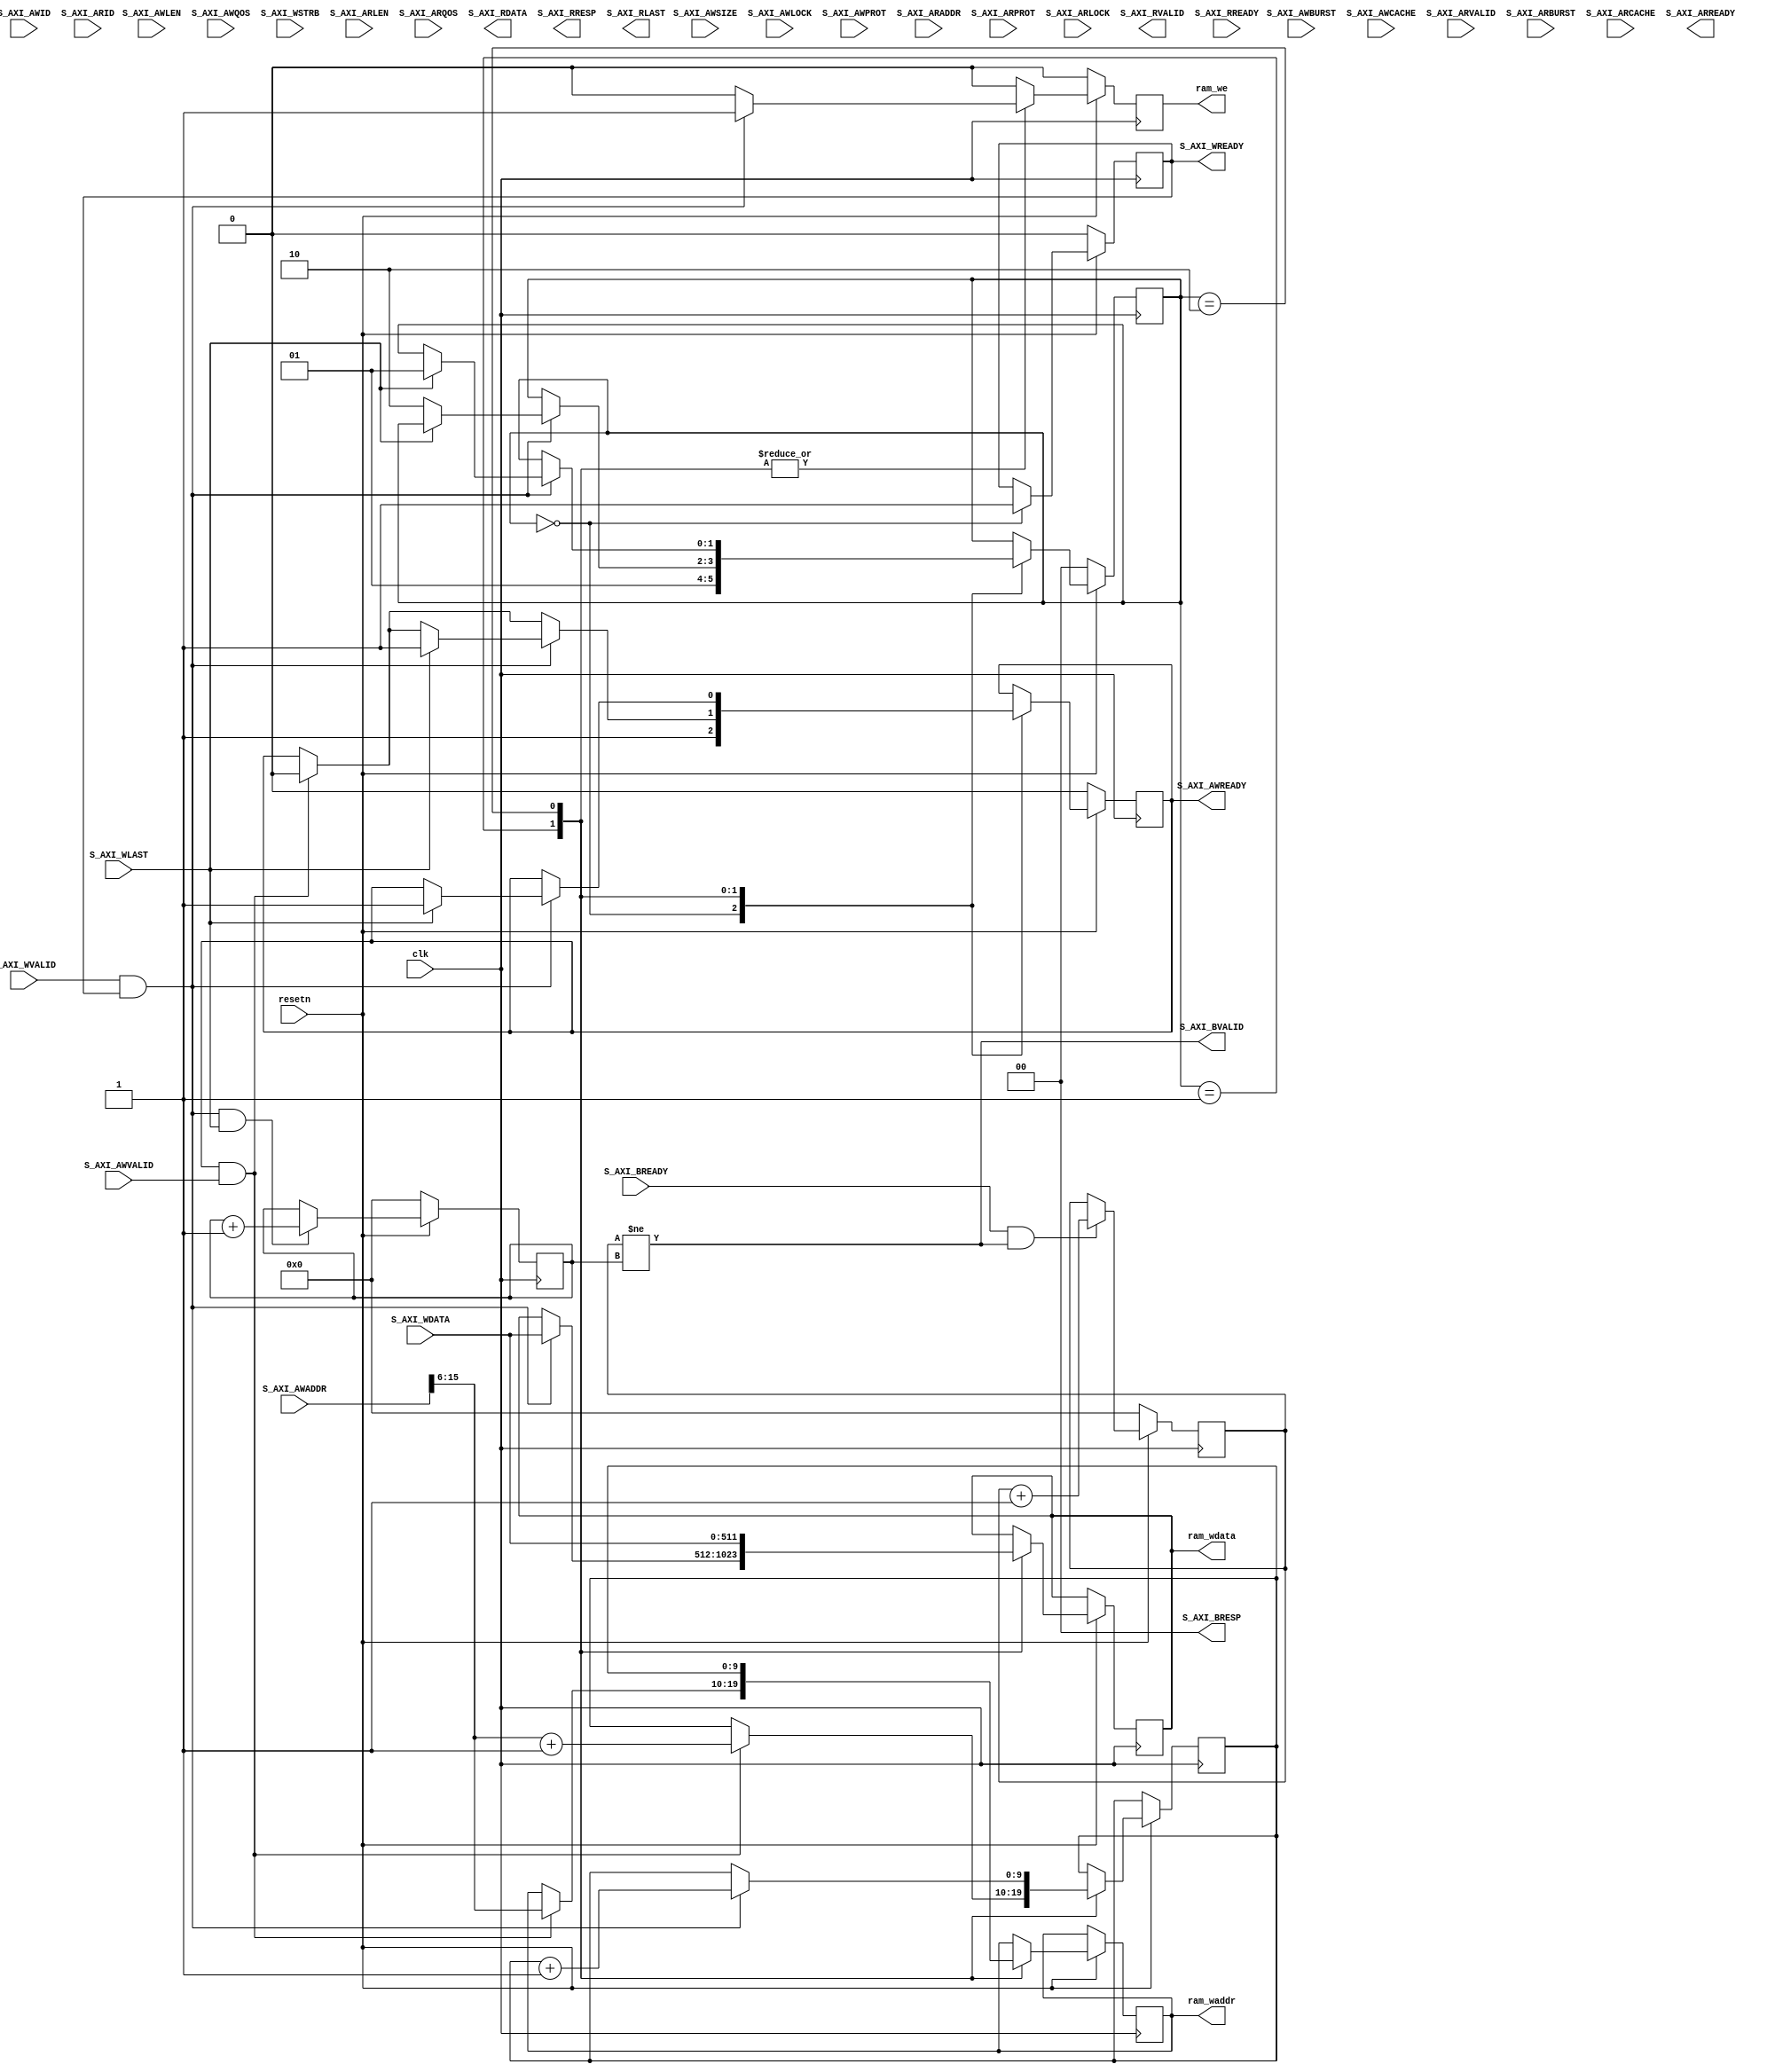
//====================================================================================
//                        ------->  Revision History  <------
//====================================================================================
//
//   Date     Who   Ver  Changes
//====================================================================================
// 20-Mar-24  DWW     1  Initial creation
//====================================================================================

/*
    This is an a block of simple-dual-port RAM, along with an AXI interface
    for writing to it.

    The AXI interface ignored M_AXI_WSTRB and expects every beat of ther write 
    to occupy the full width of the data bus.
*/

module sdp_ram_if #
(
    parameter   DW = 512,
    parameter   AW = 10
)
( 
    input   clk, resetn,

    // Data, address, and write-enable outputs for writing to RAM
    output reg[DW-1:0] ram_wdata,
    output reg[AW-1:0] ram_waddr,
    output reg         ram_we,

    //=================  This is the main AXI4-slave interface  ================

    // "Specify write address"              -- Master --    -- Slave --
    input[31:0]                             S_AXI_AWADDR,
    input                                   S_AXI_AWVALID,
    input[3:0]                              S_AXI_AWID,
    input[7:0]                              S_AXI_AWLEN,
    input[2:0]                              S_AXI_AWSIZE,
    input[1:0]                              S_AXI_AWBURST,
    input                                   S_AXI_AWLOCK,
    input[3:0]                              S_AXI_AWCACHE,
    input[3:0]                              S_AXI_AWQOS,
    input[2:0]                              S_AXI_AWPROT,
    output reg                                              S_AXI_AWREADY,

    // "Write Data"                         -- Master --    -- Slave --
    input[DW-1:0]                           S_AXI_WDATA,
    input[DW/8-1:0]                         S_AXI_WSTRB,
    input                                   S_AXI_WVALID,
    input                                   S_AXI_WLAST,
    output reg                                              S_AXI_WREADY,

    // "Send Write Response"                -- Master --    -- Slave --
    output[1:0]                                             S_AXI_BRESP,
    output                                                  S_AXI_BVALID,
    input                                   S_AXI_BREADY,

    // "Specify read address"               -- Master --    -- Slave --
    input[31:0]                             S_AXI_ARADDR,
    input                                   S_AXI_ARVALID,
    input[2:0]                              S_AXI_ARPROT,
    input                                   S_AXI_ARLOCK,
    input[3:0]                              S_AXI_ARID,
    input[7:0]                              S_AXI_ARLEN,
    input[1:0]                              S_AXI_ARBURST,
    input[3:0]                              S_AXI_ARCACHE,
    input[3:0]                              S_AXI_ARQOS,
    output                                                  S_AXI_ARREADY,

    // "Read data back to master"           -- Master --    -- Slave --
    output[DW-1:0]                                          S_AXI_RDATA,
    output                                                  S_AXI_RVALID,
    output[1:0]                                             S_AXI_RRESP,
    output                                                  S_AXI_RLAST,
    input                                   S_AXI_RREADY

    //==========================================================================
);

// These are the handshakes for the AXI AW and W channels
wire aw_handshake = S_AXI_AWREADY & S_AXI_AWVALID;
wire  w_handshake = S_AXI_WREADY  & S_AXI_WVALID;

reg[   1:0] fsm_state;
reg[AW-1:0] next_waddr;

always @(posedge clk) begin

    // The "write-enable" for RAM defaults to 0
    ram_we <= 0;

    if (resetn == 0) begin
        fsm_state     <= 0;
        S_AXI_AWREADY <= 0;
        S_AXI_WREADY  <= 0;
    end else case(fsm_state)

        // As we come out of reset, tell the AXI master that we 
        // are ready to receive data on both the W and AW channel
        0:  begin
                S_AXI_AWREADY <= 1;
                S_AXI_WREADY  <= 1;
                fsm_state     <= 1;
            end

        1:  begin
            
                // If we get a transaction on the AW-channel, store the
                // destination address as an index into the RAM array, then
                // stop listening on the AW-channel
                if (aw_handshake) begin
                    ram_waddr     <= (S_AXI_AWADDR >> $clog2(DW/8));
                    next_waddr    <= (S_AXI_AWADDR >> $clog2(DW/8)) + 1;
                    S_AXI_AWREADY <= 0;
                end


                // If we get incoming data, write it to RAM, then examine WLAST
                // to determine whether or not this was the first beat of a
                // multi-beat burst
                if (w_handshake) begin
                    ram_wdata     <= S_AXI_WDATA;
                    ram_we        <= 1;
                    if (S_AXI_WLAST) 
                        S_AXI_AWREADY <= 1;
                    else    
                        fsm_state <= 2;
                end
            end

        // Here we handle the 2nd and subsequent beats of a burst
        2:  begin
                ram_waddr <= next_waddr;
                ram_wdata <= S_AXI_WDATA;

                if (w_handshake) begin
                    ram_we     <= 1;
                    next_waddr <= next_waddr + 1;
                    if (S_AXI_WLAST) begin
                        S_AXI_AWREADY <= 1;
                        fsm_state     <= 1;
                    end
                end
            end

    endcase

end

//-----------------------------------------------------------------------------
// The logic from here down ensures that an acknowledgement gets sent on the
// AXI B-channel every time we receive a complete burst of data on W-channel.
//-----------------------------------------------------------------------------

// Write acknowledgements on the B-channel will always be "OKAY"
assign S_AXI_BRESP = 0;

// The number of bursts of data received, and the number of them that we have acknowledged
reg[15:0] bursts_rcvd, bursts_ackd;

// BVALID is asserted while we have acknowledgemts we still need to send
assign S_AXI_BVALID = (bursts_ackd != bursts_rcvd);

// Count the number of bursts we receive.  That's how many acks we need to send
always @(posedge clk) begin
    if (resetn == 0)
        bursts_rcvd <= 0;
    else if (S_AXI_WVALID & S_AXI_WREADY & S_AXI_WLAST)
        bursts_rcvd <= bursts_rcvd + 1;
end

// Count the number of acknowledgements sent
always @(posedge clk) begin
    if (resetn == 0)
        bursts_ackd <= 0;
    else if (S_AXI_BREADY & S_AXI_BVALID)
        bursts_ackd <= bursts_ackd + 1;
end


endmodule